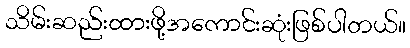
သိမ်းဆည်းထားဖို့အကောင်းဆုံးဖြစ်ပါတယ်။